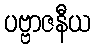
ပဗ္ဗာဇနီယ